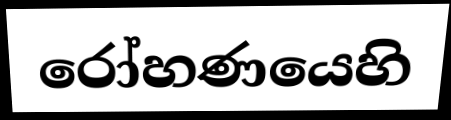
රෝහණයෙහි